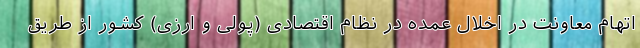
اتهام معاونت در اخلال عمده در نظام اقتصادی (پولی و ارزی) کشور از طریق